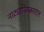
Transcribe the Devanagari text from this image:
नाट्याविष्कारात